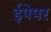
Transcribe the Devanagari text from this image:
ईपेपर